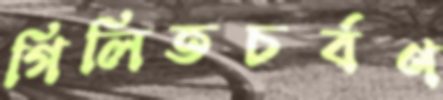
গিলিতচর্বণ